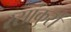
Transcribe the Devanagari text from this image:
रसांकुरों